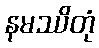
နမဿိတုံ